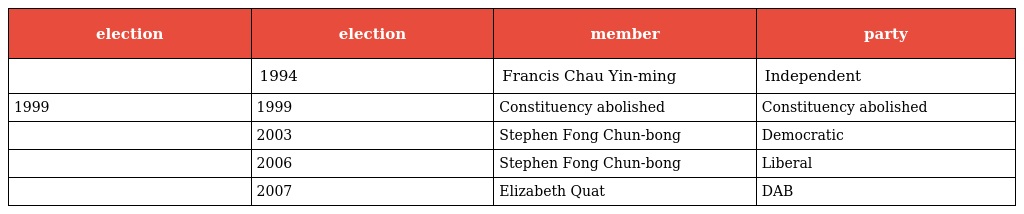
| election | election | member | party |
 | --- | --- | --- | --- |
 |  | 1994 | Francis Chau Yin-ming | Independent |
 | 1999 | 1999 | Constituency abolished | Constituency abolished |
 |  | 2003 | Stephen Fong Chun-bong | Democratic |
 |  | 2006 | Stephen Fong Chun-bong | Liberal |
 |  | 2007 | Elizabeth Quat | DAB |